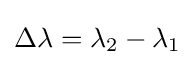
\Delta \lambda =\lambda _{2}-\lambda _{1}